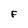
Character: F